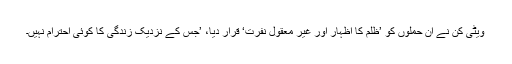
ویٹی کن نے ان حملوں کو ’ظلم کا اظہار اور غیر معقول نفرت‘ قرار دیا، ’جس کے نزدیک زندگی کا کوئی احترام نہیں۔